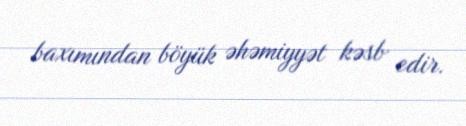
baxımından böyük əhəmiyyət kəsb edir.